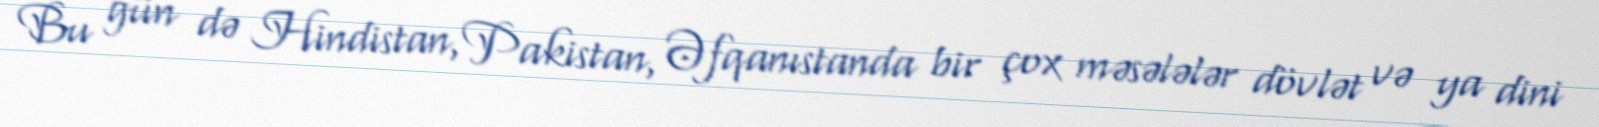
Bu gün də Hindistan, Pakistan, Əfqanıstanda bir çox məsələlər dövlət və ya dini